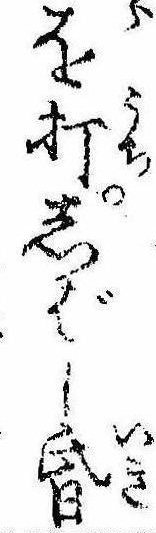
を打しばし昏